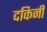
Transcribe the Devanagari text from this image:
दकिनी